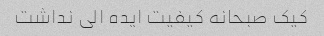
کیک صبحانه کیفیت ایده الی نداشت